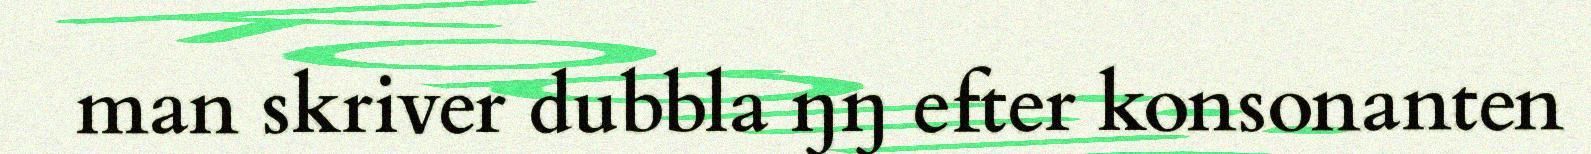
man skriver dubbla ŋŋ efter konsonanten